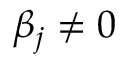
\beta _ { j } \neq 0